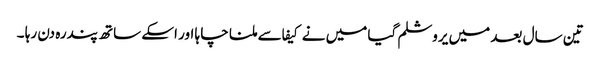
تین سال بعد میں یروشلم گیا میں نے کیفا سے ملنا چا ہا اور اسکے ساتھ پندرہ دن رہا ۔